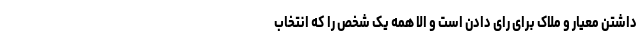
داشتن معیار و ملاک برای رای دادن است و الا همه یک شخص را که انتخاب